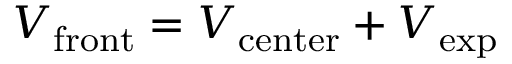
V _ { \mathrm { f r o n t } } = V _ { \mathrm { c e n t e r } } + V _ { \mathrm { e x p } }